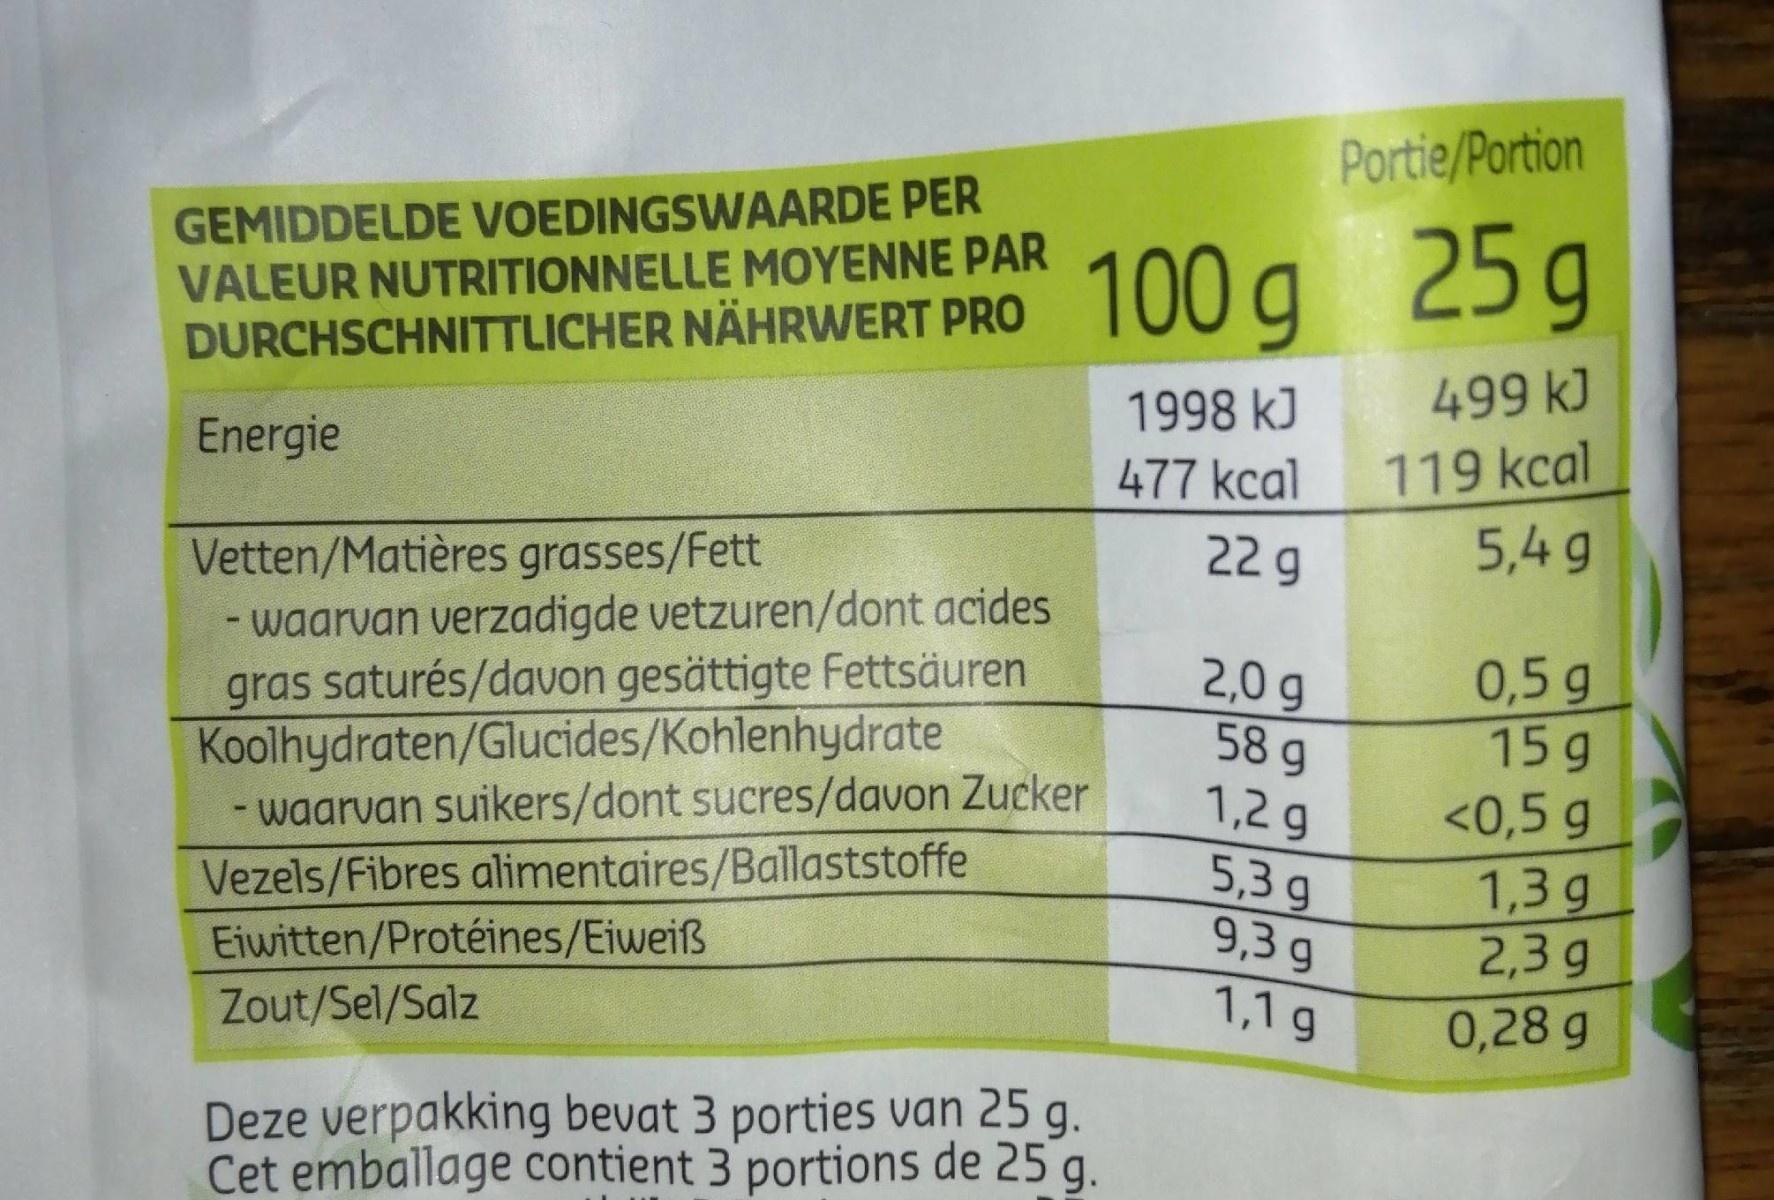
Portie/Portion
GEMIDDELDE VOEDINGSWAARDE PER VALEUR NUTRITIONNELLE MOYENNE PAR DURCHSCHNITTLICHER NÄHRWERT PRO
100g 25g
1998 kJ
499 kJ
119 kcal 5,4 g
Energie
477 kcal
22 g
Vetten/Matières grasses/Fett - waarvan verzadigde vetzuren/dont acides gras saturés/davon gesättigte Fettsäuren Koolhydraten/Glucides/Kohlenhydrate - waarvan suikers/dont sucres/davon Zucker Vezels/Fibres alimentaires/Ballaststoffe Eiwitten/Protéines/Eiweiß
0,5g 15g <0,5 g 1,3 g 2,3 g
2,0g 58g
1,2 g 5,3 g 9,3 g
1,1g
Zout/Sel/Salz
0,28 g
Deze verpakking bevat 3 porties van 25 g.
Cet emballage contient 3 portions de 25 g.
.